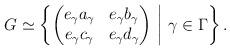
LaTeX: \begin{align*} G\simeq \left\{\begin{pmatrix} e_\gamma a_\gamma & e_\gamma b_\gamma \\ e_\gamma c_\gamma & e_\gamma d_\gamma \end{pmatrix} \ \middle| \ \gamma\in\Gamma\right\}.\end{align*}